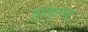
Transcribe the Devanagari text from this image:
घृतान्न